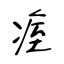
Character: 痓